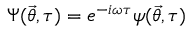
\Psi ( \vec { \theta } , \tau ) = e ^ { - i \omega \tau } \psi ( \vec { \theta } , \tau )